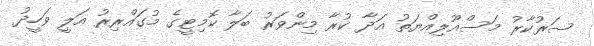
ސަރުކާރު މަސްއޫލިއްޔަތު އަދާ ކުރާ މިންވަރު ބަލާ ކޮމިޓީގެ މުގައްރިރު އަލީ ވަހީދު